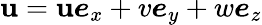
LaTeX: \boldsymbol{\mathbf{u}}=\mathbf{u}\boldsymbol{e}_{x}+v\boldsymbol{e}_{y}+w\boldsymbol{e}_{z}